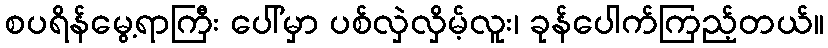
စပရိန်မွေ့ရာကြီး ပေါ်မှာ ပစ်လှဲလှိမ့်လူး၊ ခုန်ပေါက်ကြည့်တယ်။